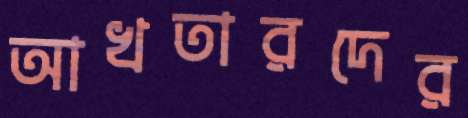
আখতারদের